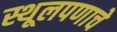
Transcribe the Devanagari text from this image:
स्थूलपणाचे